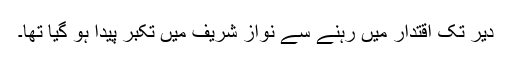
دیر تک اقتدار میں رہنے سے نواز شریف میں تکبر پیدا ہو گیا تھا۔